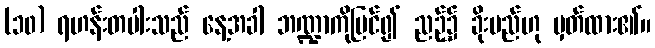
(၁၀) ရဟန်းတပါးသည် နေ့အခါ ဘဏ္ဍာကိုမြင်၍ ညဉ့်၌ ခိုးမည်ဟု မှတ်ထား၏။